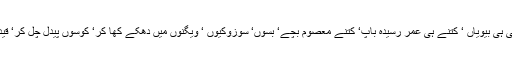
کتنی ہی مائیں‘ کتنی ہی بیٹیاں ‘ کتنی ہی بیویاں ‘ کتنے ہی عمر رسیدہ باپ‘ کتنے معصوم بچے‘ بسوں‘ سوزوکیوں ‘ ویگنوں میں دھکے کھا کر‘ کوسوں پیدل چل کر‘ قیدیوں سے ملاقات کے لئے آتے ہیں۔